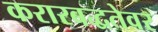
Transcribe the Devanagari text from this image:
करारबद्धतेवर